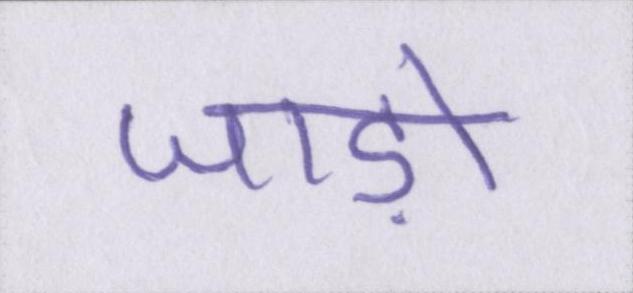
जाड़ों